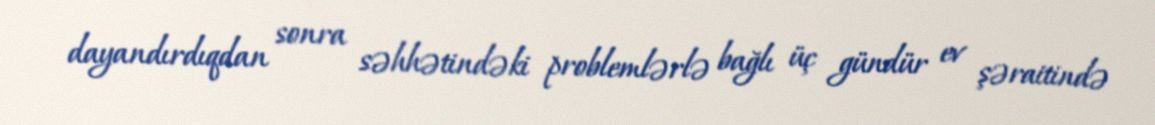
dayandırdıqdan sonra səhhətindəki problemlərlə bağlı üç gündür ev şəraitində